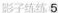
影子练练 5